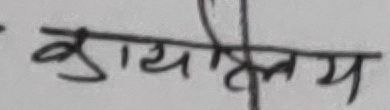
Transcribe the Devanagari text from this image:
कार्यालय